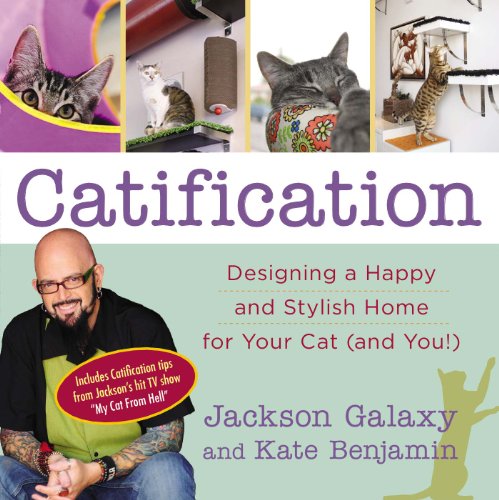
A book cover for Catification: Designing a Happy and Stylish Home for Your Cat (and You!); Jackson Galaxy; Crafts, Hobbies & Home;